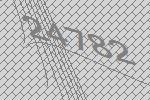
24782